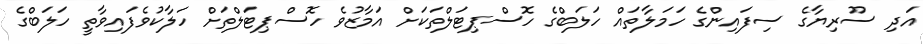
އަދި ސޫރިޔާގެ ސިފައިންގެ ހަމަލާތައް ހަލަބްގެ ހޮސްޕިޓަލްތަކަށް އަމާޒުވެ ހޮސްޕިޓަލްތަށް ހަލާކުވެފައިވާތީ ހަލަބްގެ